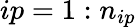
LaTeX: ip=1:n_{ip}